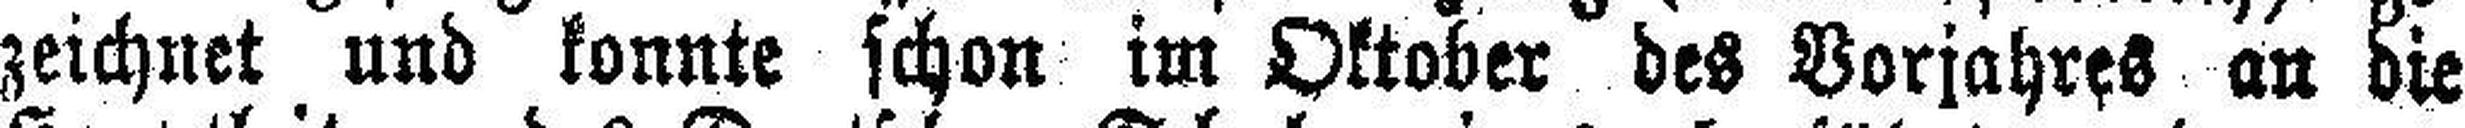
zeichnet und konnte schon im Oktober des Vorjahres an die